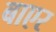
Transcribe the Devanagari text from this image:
बाएर